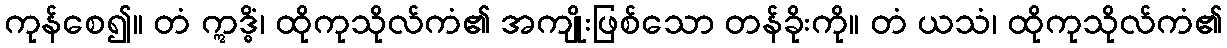
ကုန်စေ၍။ တံ ဣဒ္ဓိံ၊ ထိုကုသိုလ်ကံ၏ အကျိုးဖြစ်သော တန်ခိုးကို။ တံ ယသံ၊ ထိုကုသိုလ်ကံ၏